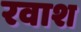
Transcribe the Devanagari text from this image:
रवाश